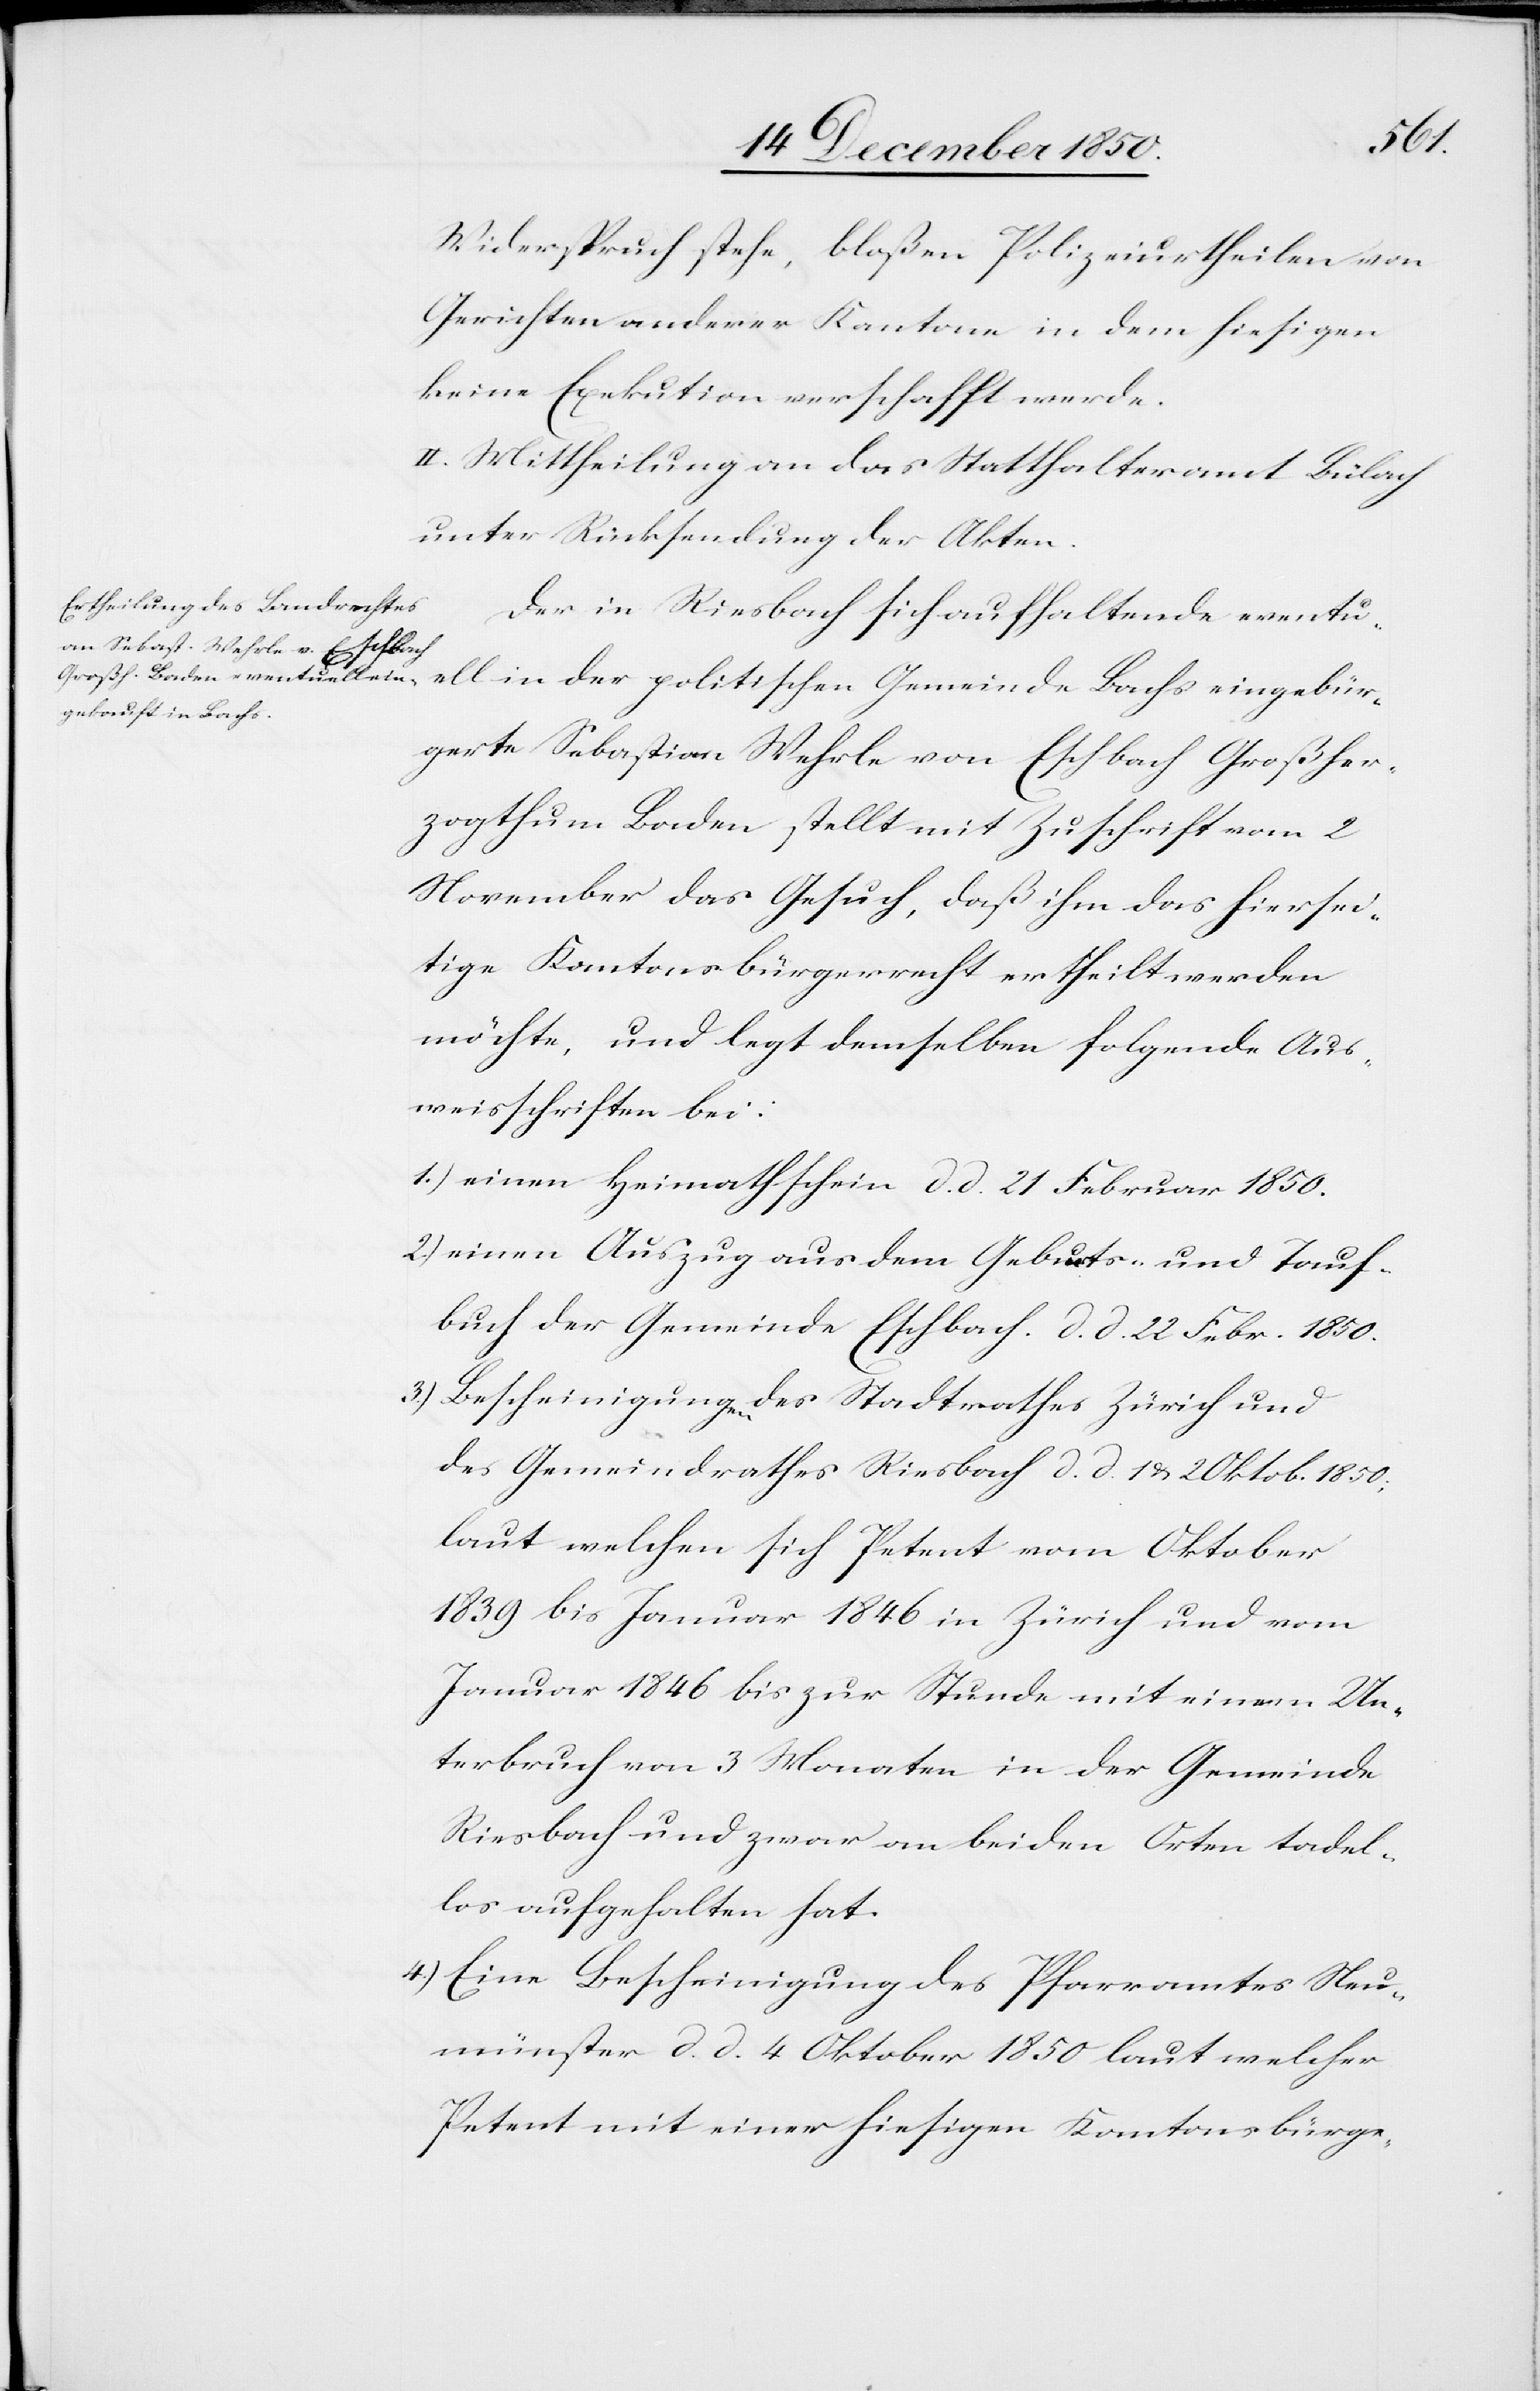
Widerspruch stehe, bloßen Polizeiurtheilen von
Gerichten anderer Kantone in dem hiesigen
keine Exekution verschafft werde.
II. Mittheilung an das Statthalteramt Bülach
unter Rücksendung der Akten.
Der in Riesbach sich aufhaltende eventu¬
ell in der politischen Gemeinde Bachs eingebür¬
gerte Sebastian Wehrle von Eschbach Großher¬
zogthum Baden stellt mit Zuschrift vom 2
November das Gesuch, daß ihm das hiersei¬
tige Kantonsbürgerrecht ertheilt werden
möchte, und legt demselben folgende Aus¬
weisschriften bei:
1.) einen Heimathschein d. d. 21 Februar 1850.
2.) einen Auszug aus dem Geburts- und Tauf¬
buch der Gemeinde Eschbach. d. d. 22 Febr. 1850.
3.) Bescheinigungen des Stadtrathes Zürich und
des Gemeindrathes Riesbach d. d. 1 u. 2 Oktob. 1850;
laut welchen sich Petent vom Oktober
1839 bis Januar 1846 in Zürich und vom
Januar 1846 bis zur Stunde mit einem Un¬
terbruch von 3 Monaten in der Gemeinde
Riesbach und zwar an beiden Orten tadel¬
los aufgehalten hat.
4.) Eine Bescheinigung des Pfarramtes Neu¬
münster d. d. 4 Oktober 1850 laut welcher
Petent mit einer hiesigen Kantonsbürg-